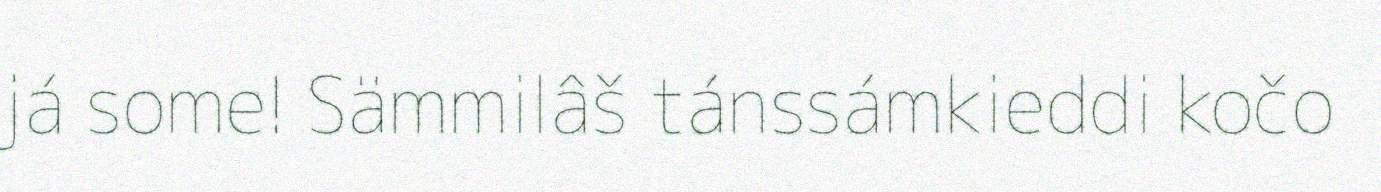
já some! Sämmilâš tánssámkieddi kočo